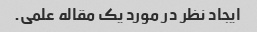
ایجاد نظر در مورد یک مقاله علمی.